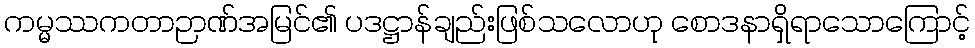
ကမ္မဿကတာဉာဏ်အမြင်၏ ပဒဋ္ဌာန်ချည်းဖြစ်သလောဟု စောဒနာရှိရာသောကြောင့်